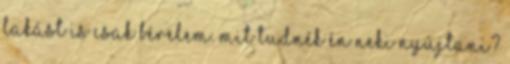
lakást is csak bérelem. Mit tudnék én neki nyújtani?